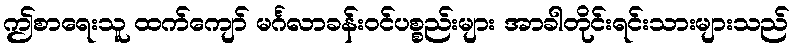
ဤစာရေးသူ ထက်ကျော် မင်္ဂလာခန်းဝင်ပစ္စည်းများ အာခါတိုင်းရင်းသားများသည်